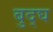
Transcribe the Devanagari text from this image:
बुद्घ